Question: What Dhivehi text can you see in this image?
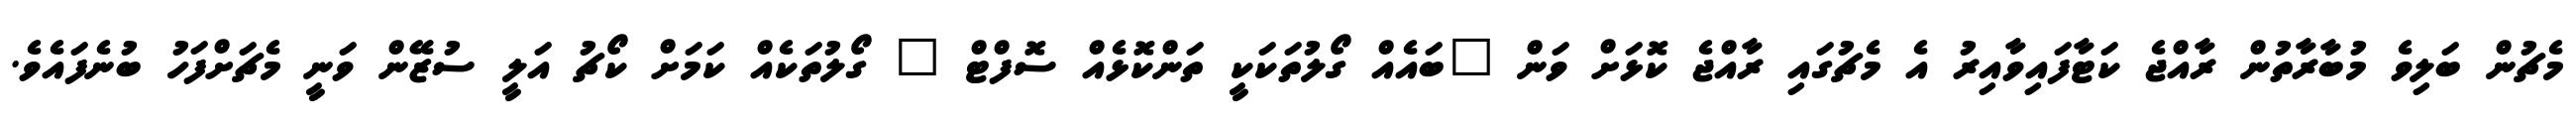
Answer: މެޗުން ބަލިވެ މުބާރާތުން ރާއްޖެ ކަޓާފައިވާއިރު އެ މެޗުގައި ރާއްޖެ ކޮޅަށް ވަން "ބައެއް ގޯލުތަކަކީ ތަންކޮޅެއް ސޮފްޓް " ގޯލުތަކެއް ކަމަށް ކޯޗު އަލީ ސުޒޭން ވަނީ މެޗަށްފަހު ބުނެފައެވެ.